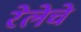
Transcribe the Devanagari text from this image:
रेलेचे